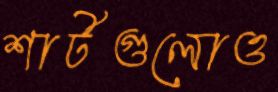
শার্টগুলোও